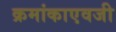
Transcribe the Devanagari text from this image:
क्रमांकाएवजी